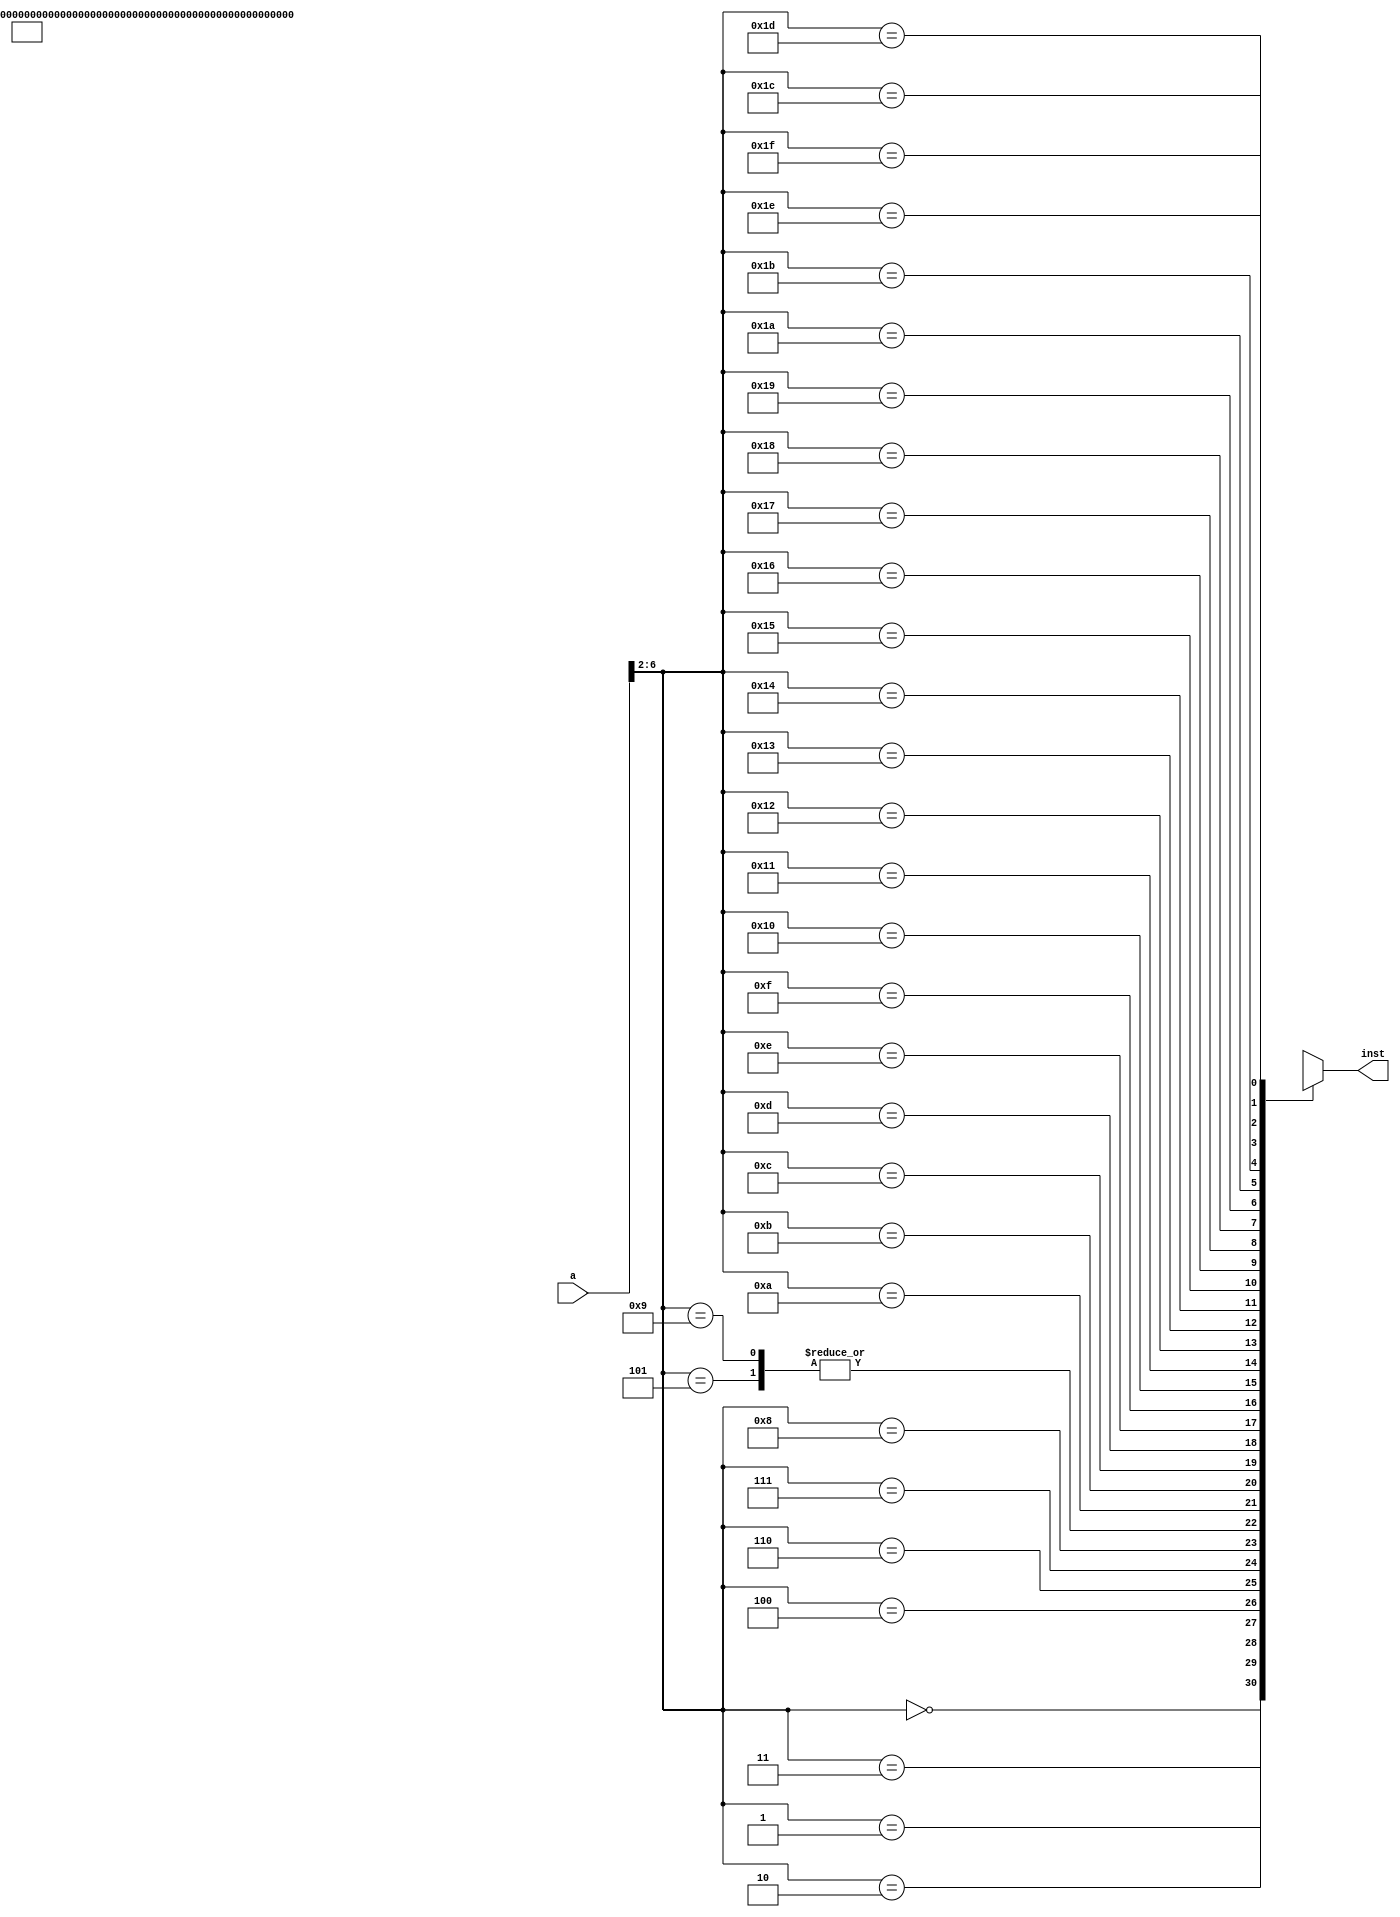
module pl_instmem (a,inst);
    input  [31:0] a;
    output [31:0] inst;
    wire   [31:0] rom [0:31];                                 // (pc)
    assign rom[5'h00] = 32'b00000001000000000000000010010011; // (00)addi x1, x0, 16   x1=00000010
    assign rom[5'h01] = 32'b00000100000000001000001000010011; // (04)addi  x4, x1, 64  x4=00000050
    assign rom[5'h02] = 32'b00000000000000100010010010000011; // (08)lw  x9, 0 (x4)    x9=memory[x4]=000000f2 
    assign rom[5'h03] = 32'b01000000010001001000010000110011; // (0c)sub x8 , x9, x4   x8=x9-x4=000000a2 
    assign rom[5'h04] = 32'b00000000000000001000011001100011; // (10)beq x1, x0, address+12
    assign rom[5'h05] = 32'b00000000000000000000000000000000; // (14)nop
    assign rom[5'h06] = 32'b00000000101000000000000100010011; // (18)addi x2, x0, 10   x2=0000000a
    assign rom[5'h07] = 32'b00000001010000000000000110010011; // (1c)addi x3, x0, 20   x3=00000014
    assign rom[5'h08] = 32'b00000000000000001001011001100011; // (20)bne x1, x0, address+12
    assign rom[5'h09] = 32'b00000000000000000000000000000000; // (24)nop
    assign rom[5'h0a] = 32'b00000000101000000000001010010011; // (28)addi x5, x0, 10   x5=0000000a
    assign rom[5'h0b] = 32'b00000001010000000000001100010011; // (2c)addi x6, x0, 20   x6=00000014
    assign inst = rom[a[6:2]];
endmodule